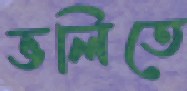
ভলিতে